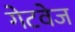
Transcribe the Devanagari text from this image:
गेटवेज